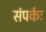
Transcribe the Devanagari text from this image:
संपर्कः